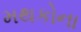
મથકોના